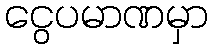
ငွေပမာဏမှာ